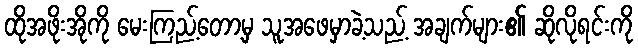
ထိုအဖိုးအိုကို မေးကြည့်တော့မှ သူအဖေမှာခဲ့သည့် အချက်များ၏ ဆိုလိုရင်းကို